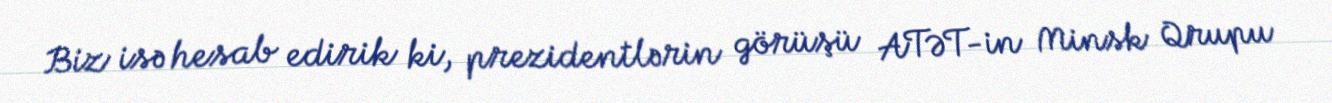
Biz isə hesab edirik ki, prezidentlərin görüşü ATƏT-in Minsk Qrupu